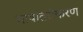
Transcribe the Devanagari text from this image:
भावांतरीकरण